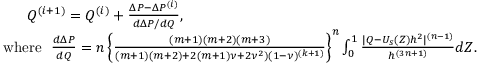
\begin{array} { r } { Q ^ { ( i + 1 ) } = Q ^ { ( i ) } + \frac { \Delta P - \Delta P ^ { ( i ) } } { d \Delta P / d Q } , ~ ~ ~ ~ ~ ~ ~ ~ ~ ~ ~ ~ ~ ~ ~ ~ ~ ~ ~ ~ ~ ~ ~ ~ ~ ~ ~ ~ ~ ~ ~ ~ ~ ~ ~ ~ ~ ~ ~ ~ ~ ~ ~ ~ ~ ~ ~ ~ ~ ~ ~ ~ ~ ~ ~ ~ ~ ~ ~ ~ ~ ~ ~ } \\ { \mathrm { w h e r e } ~ ~ \frac { d \Delta P } { d Q } = n \left\{ \frac { ( m + 1 ) ( m + 2 ) ( m + 3 ) } { ( m + 1 ) ( m + 2 ) + 2 ( m + 1 ) \nu + 2 \nu ^ { 2 } ) ( 1 - \nu ) ^ { ( k + 1 ) } } \right\} ^ { n } \int _ { 0 } ^ { 1 } \frac { | Q - U _ { s } ( Z ) h ^ { 2 } | ^ { ( n - 1 ) } } { h ^ { ( 3 n + 1 ) } } d Z . ~ ~ ~ ~ } \end{array}